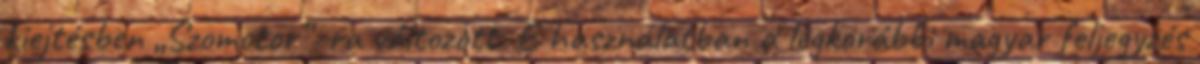
kiejtésben „Szomotor”–ra változott. E használatban a legkorábbi magyar feljegyzés